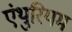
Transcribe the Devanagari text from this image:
एंथुरियम